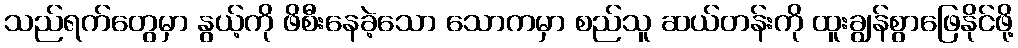
သည်ရက်တွေမှာ နွယ့်ကို ဖိစီးနေခဲ့သော သောကမှာ စည်သူ ဆယ်တန်းကို ထူးချွန်စွာဖြေနိုင်ဖို့